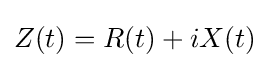
Z(t)=R(t)+iX(t)